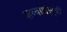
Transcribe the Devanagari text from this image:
शब्दार्थसूची